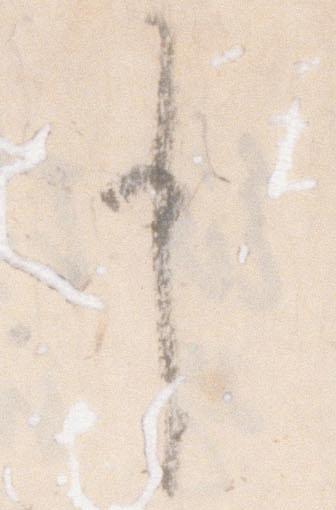
申